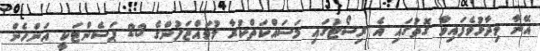
އޭނާ ވިދާޅުވެފައިވާ ގޮތުގައި އެ ރިސޯޓުގައި މަސައްކަތްކުރާ މުވައްޒަފުންގެ 23 ޕަސެންޓަކީ އަންހެން